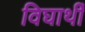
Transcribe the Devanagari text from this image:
विघार्थी